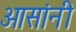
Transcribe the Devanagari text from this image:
आसांनी